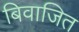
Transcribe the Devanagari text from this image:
बिवाजित